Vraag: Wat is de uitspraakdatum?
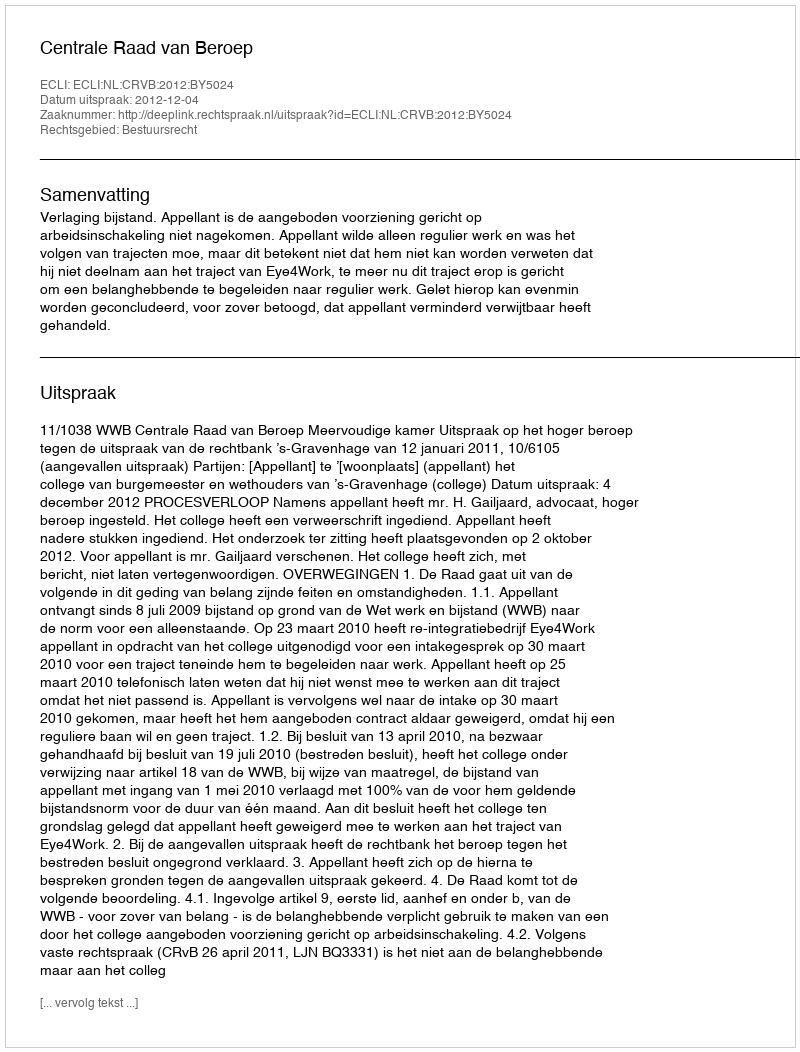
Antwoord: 2012-12-04